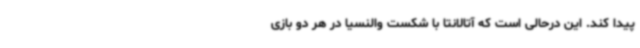
پیدا کند. این درحالی است که آتالانتا با شکست والنسیا در هر دو بازی